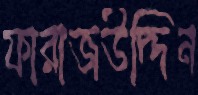
ফারাজউদ্দিন